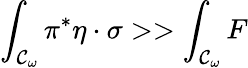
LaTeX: \int_{{\cal{C}}_{\omega}}{\pi^{*}\eta\cdot\sigma}>>\int_{{\cal{C}}_{\omega}}{F}